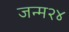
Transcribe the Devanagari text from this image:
जन्म२४